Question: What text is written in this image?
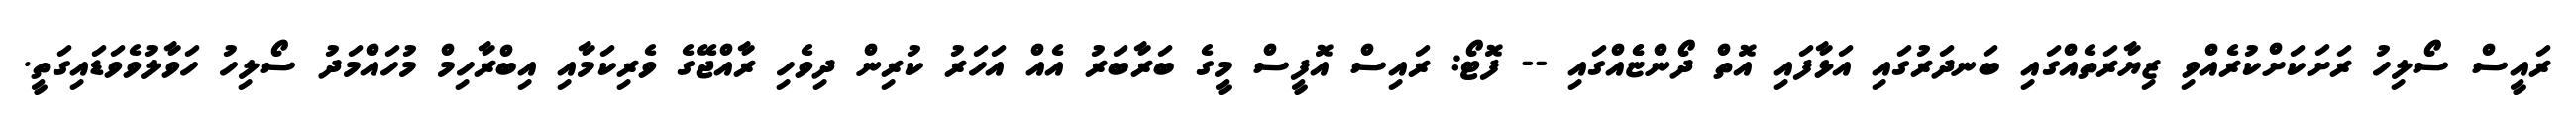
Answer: ރައީސް ސޯލިހު ރަށަކަށްކުރެއްވި ޒިޔާރަތެއްގައި ބަނދަރުގައި އަޅާފައި އޮތް ދޯންޏެެއްގައި -- ފޮޓޯ: ރައިސް އޮފީސް މީގެ ބަރާބަރު އެއް އަހަރު ކުރިން ދިވެހި ރާއްޖޭގެ ވެރިކަމާއި އިބްރާހިމް މުހައްމަދު ސޯލިހު ހަވާލުވެވަޑައިގަތީ.